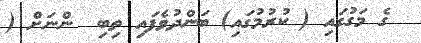
ގެ މަގުގައި ( ކުރުމުގައި) ބަންދުވެފައި ތިބި  ންނަށް (